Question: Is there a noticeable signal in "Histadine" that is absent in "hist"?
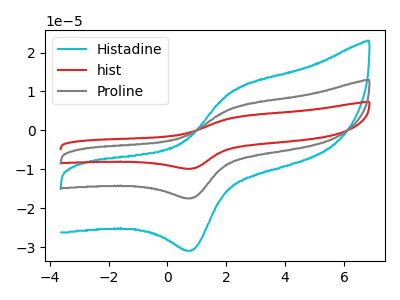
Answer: <think>The cyan curve "Histadine" has an anodic peak at (2.25V, 10.30uA) and a cathodic peak at (0.85V, -30.70uA). The red curve "hist" has an anodic peak at (2.25V, 11.60uA) and a cathodic peak at (0.85V, -34.70uA). The gray curve "Proline" has an anodic peak at (2.25V, 5.80uA) and a cathodic peak at (0.85V, -17.35uA).
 All the peaks in "Histadine" have a peak in "hist" at the same potential. Every peak in "Histadine" is lower than every peak in "hist".</think>
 <answer>No, "Histadine" and "hist" don't appear to be significantly different in shape</answer>
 <eval>no_change</eval>